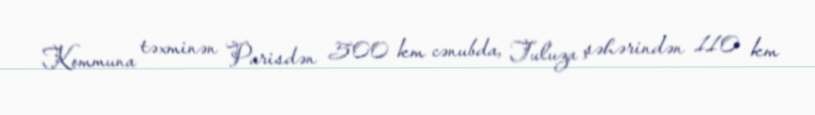
Kommuna təxminən Parisdən 500 km cənubda, Tuluza şəhərindən 110 km